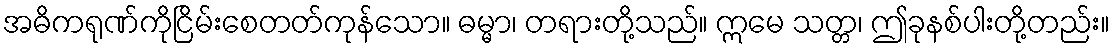
အဓိကရုဏ်ကိုငြိမ်းစေတတ်ကုန်သော။ ဓမ္မာ၊ တရားတို့သည်။ ဣမေ သတ္တ၊ ဤခုနစ်ပါးတို့တည်း။